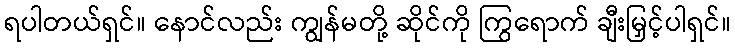
ရပါတယ်ရှင်။ နောင်လည်း ကျွန်မတို့ ဆိုင်ကို ကြွရောက် ချီးမြှင့်ပါရှင်။